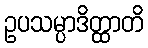
ဥပသမ္ပာဒိတ္ထာတိ